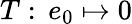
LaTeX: T:\, e_{0}\mapsto 0